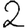
Digit: 2